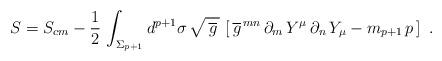
LaTeX: \begin{align*}S=S_{cm} -{1\over 2}\, \int_{\Sigma_{p+1}} d^{ p+1}\sigma\, \sqrt{\, \overline g\, }\, \left[\, \overline{g}^{\, m n}\, \partial_m \, Y^\mu\, \partial_n\, Y_\mu -m_{p+1}\, p\, \right]\ . \end{align*}